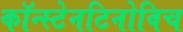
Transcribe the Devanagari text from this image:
कॉन्स्टेनटिनोविच